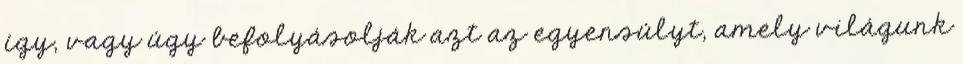
így, vagy úgy befolyásolják azt az egyensúlyt, amely világunk